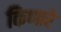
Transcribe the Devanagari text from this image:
किणारे